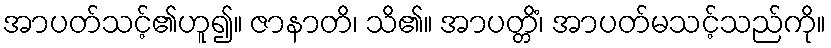
အာပတ်သင့်၏ဟူ၍။ ဇာနာတိ၊ သိ၏။ အာပတ္တိံ၊ အာပတ်မသင့်သည်ကို။